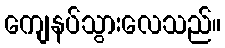
ကျေနပ်သွားလေသည်။